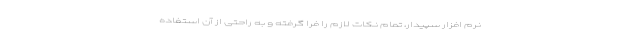
نرم افزار سپیدار، تمام نکات لازم را فرا گرفته و به راحتی از آن استفاده